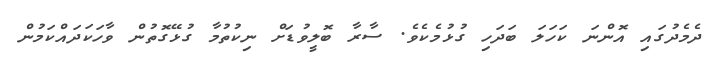
ދެމެދުގައި އޮންނަ ކަހަލަ ބަދަހި ގުޅުމެކެވެ. ސާރާ ބޮލީވުޑަށް ނިކުތުމާ ގުޅޭގޮތުން ވާހަކަދައްކަމުން